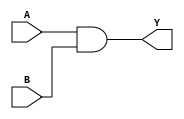
`timescale 1ns / 1ps
//////////////////////////////////////////////////////////////////////////////////
// Company: 
// Engineer: 
// 
// Design Name: 
// Module Name: GATE_AND
// Project Name: 
// Target Devices: 
// Tool Versions: 
// Description: 
// 
// Dependencies: 
// 
// Revision:
// Revision 0.01 - File Created
// Additional Comments:
// 
//////////////////////////////////////////////////////////////////////////////////


module GATE_AND(
    input A,
    input B,
    output Y
    );
    and(Y,A,B);
    
endmodule